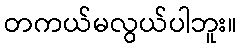
တကယ်မလွယ်ပါဘူး။